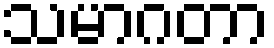
သမာဂတာ